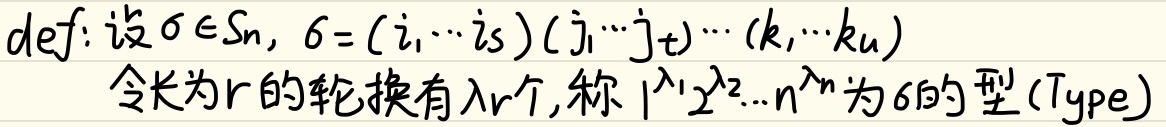
\(def:设\sigma\in S_n,\sigma=(i_1\cdots i_s)(j_1\cdots j_t)\cdots(k_1\cdots k_u)\)
\(\quad 令长为r的轮换有\lambda_r个,称1^{\lambda_1}2^{\lambda_2}\cdots n^{\lambda_n}为\sigma的型(Type)\)